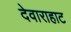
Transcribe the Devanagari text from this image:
देवाराहाट